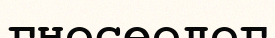
гносеолог